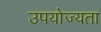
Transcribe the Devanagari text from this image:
उपयोज्यता